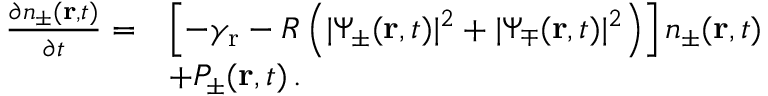
\begin{array} { r l } { \frac { \partial n _ { \pm } ( \mathbf { r } , t ) } { \partial t } = } & { \left[ - \gamma _ { \mathrm { r } } - R \left( | \Psi _ { \pm } ( \mathbf { r } , t ) | ^ { 2 } + | \Psi _ { \mp } ( \mathbf { r } , t ) | ^ { 2 } \right) \right] n _ { \pm } ( \mathbf { r } , t ) } \\ & { + P _ { \pm } ( \mathbf { r } , t ) \, . } \end{array}